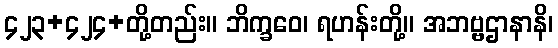
၄၂၃+၄၂၄+တို့တည်း။ ဘိက္ခဝေ၊ ရဟန်းတို့။ အဘဗ္ဗဌာနာနိ၊